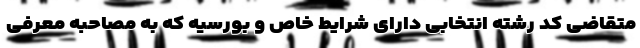
متقاضی کد رشته انتخابی دارای شرایط خاص و بورسیه که به مصاحبه معرفی